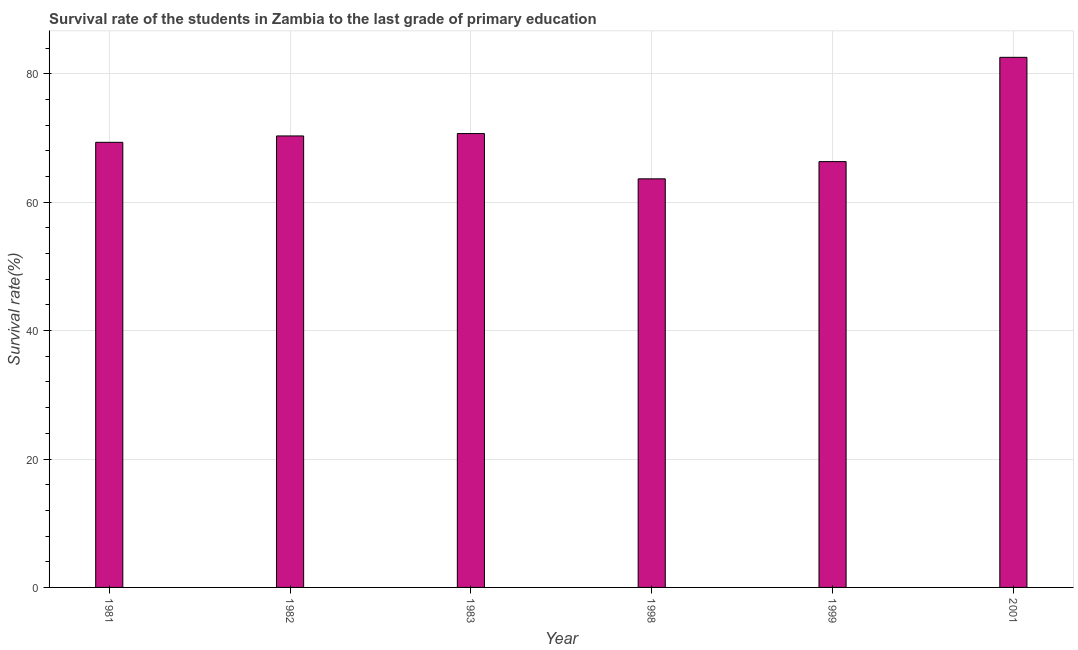
| Year | Primary Education |
 | --- | --- |
 | 1981 | 69.3 |
 | 1982 | 70.3 |
 | 1983 | 70.7 |
 | 1998 | 63.6 |
 | 1999 | 66.3 |
 | 2001 | 82.6 |